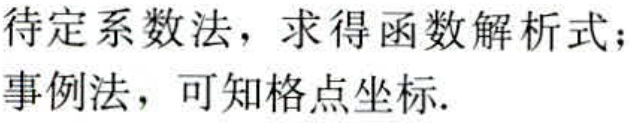
待定系数法，求得函数解析式；
事例法，可知格点坐标.